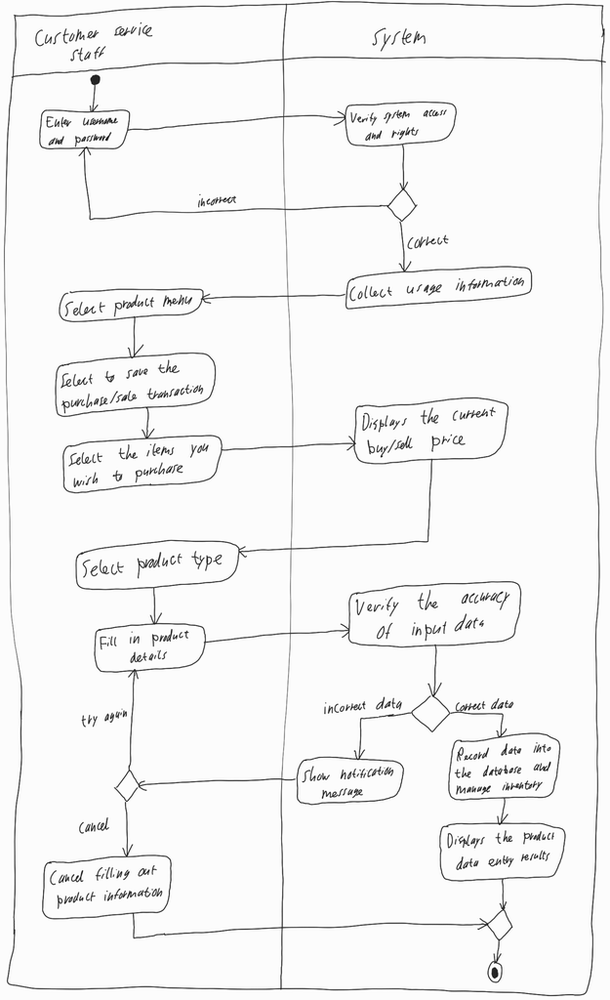
Diagram type: activity_diagram
```plantuml
@startuml

|Customer Service Staff|

start

repeat:Enter username and password;
  |System|
  :Verify system access rights;
repeat while () is (incorrect) not (correct)

:Collect usage information;

|Customer Service Staff|

:Select product menu;

:Select to save the purchase/sale transaction;

:Select the items you wish to purchase;

|System|

:Displays the current buy/sell price;

|Customer Service Staff|

:Select product type;

repeat:Fill in the product details;
  |System|
  :Verify the accuracy of input data;
  if () then (incorrect data)
    :Show notification message;
    |Customer Service Staff|
    if () then (cancel)
      |Customer Service Staff|
      :Cancel filling out product information;
      |System|
      stop
    endif
  else (correct data)
    |System|
    :Record data into the database and maange inventory;
    :Displays the product data entry results;
    stop
  endif
|Customer Service Staff|
repeat while () is (try again)

@enduml
```